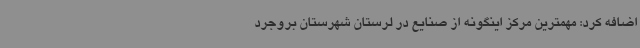
اضافه کرد: مهمترین مرکز اینگونه از صنایع در لرستان شهرستان بروجرد